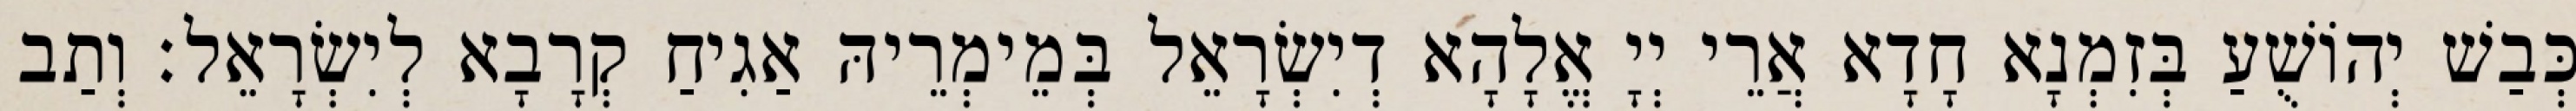
כְּבַשׁ יְהוֹשֻׁעַ בְּזִמְנָא חָדָא אֲרֵי יְיָ אֱלָהָא דְיִשְׂרָאֵל בְּמֵימְרֵיהּ אַגִיחַ קְרָבָא לְיִשְׂרָאֵל׃ וְתַב